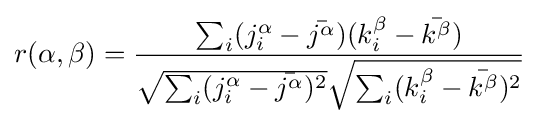
r(\alpha ,\beta )={\frac {\sum _{i}(j_{i}^{\alpha }-{\bar {j^{\alpha }}})(k_{i}^{\beta }-{\bar {k^{\beta }}})}{{\sqrt {\sum _{i}(j_{i}^{\alpha }-{\bar {j^{\alpha }}})^{2}}}{\sqrt {\sum _{i}(k_{i}^{\beta }-{\bar {k^{\beta }}})^{2}}}}}